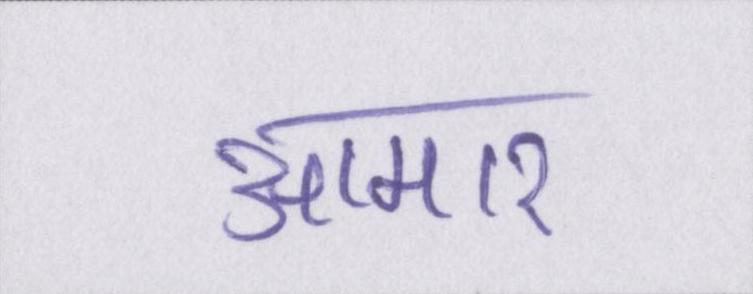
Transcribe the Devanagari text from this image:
आमार